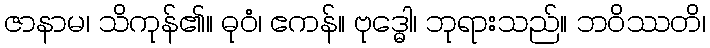
ဇာနာမ၊ သိကုန်၏။ ဓုဝံ၊ ဧကန်။ ဗုဒ္ဓေါ၊ ဘုရားသည်။ ဘဝိဿတိ၊